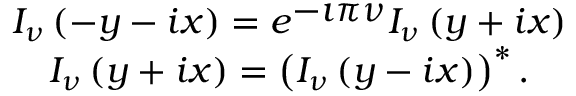
\begin{array} { c } { { I _ { \nu } \left( - y - i x \right) = e ^ { \displaystyle { - \imath \pi \nu } } I _ { \nu } \left( y + i x \right) } } \\ { { I _ { \nu } \left( y + i x \right) = \left( I _ { \nu } \left( y - i x \right) \right) ^ { * } . } } \end{array}